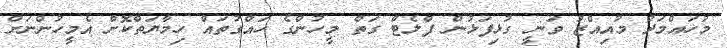
މުހައްމަދު މުއިއްޒު ވަނީ ގުޅިފަޅުން ފްލެޓް ގަތް މީހުންގެ ހައްގުތައް ހިމާޔަތްކޮށް އެމީހުންނަށް